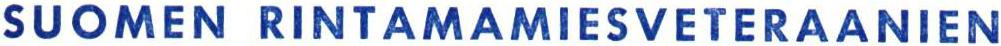
SUOMEN RINTAMAMIESVETERAANIEN